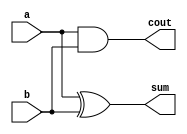
module top_module( 
    input a, b,
    output cout, sum );

always @* begin
    cout = a & b;
    sum = a ^ b;
end

endmodule